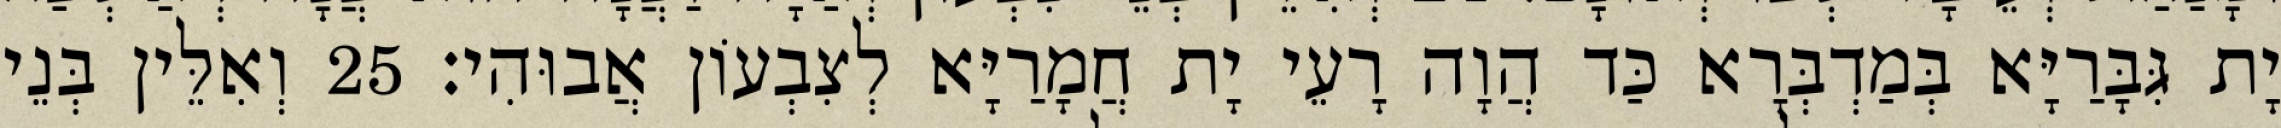
יָת גִּבָּרַיָּא בְּמַדְבְּרָא כַּד הֲוָה רָעֵי יָת חֲמָרַיָּא לְצִבְעוֹן אֲבוּהִי׃ 25 וְאִלֵּין בְּנֵי